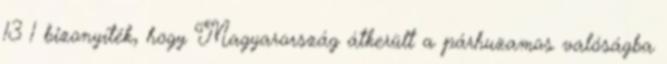
13 1 bizonyíték, hogy Magyarország átkerült a párhuzamos valóságba